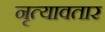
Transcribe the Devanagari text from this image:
नृत्यावतार